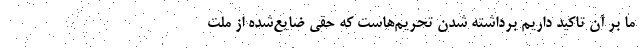
ما بر آن تاکید داریم برداشته شدن تحریم‌هاست که حقی ضایع‌شده از ملت